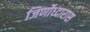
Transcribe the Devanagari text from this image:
जिर्णोध्दारास